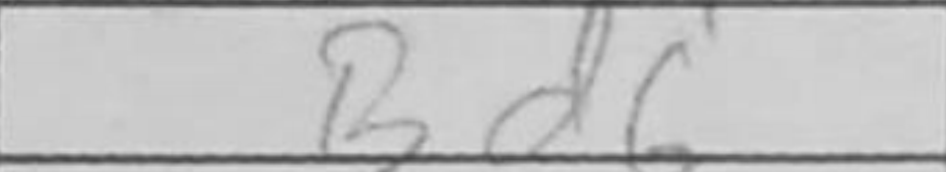
Transcription: Bd6